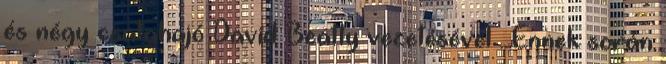
és négy csatahajó David Beatty vezetésével . Ennek során